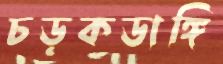
চড়কডাঙ্গি